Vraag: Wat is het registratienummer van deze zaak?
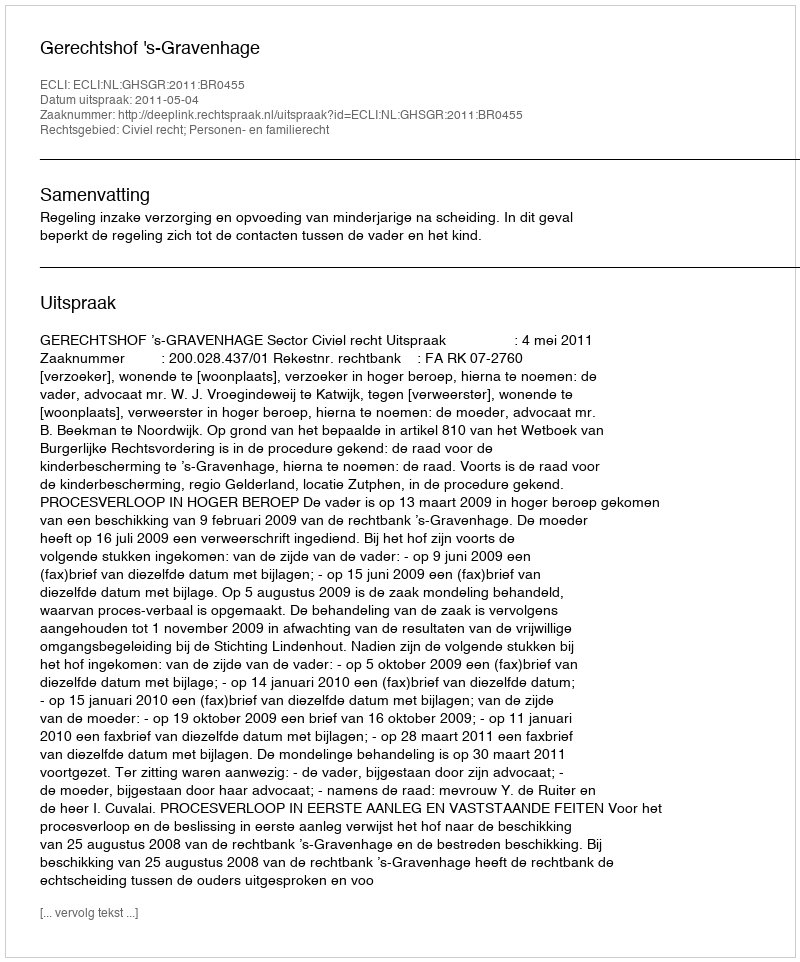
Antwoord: http://deeplink.rechtspraak.nl/uitspraak?id=ECLI:NL:GHSGR:2011:BR0455